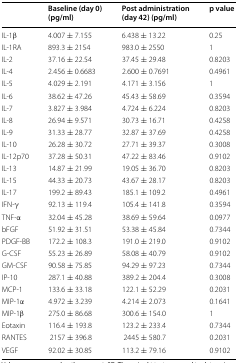
<table><thead><tr><td></td><td><b>Baseline (day 0) (pg/ml)</b></td><td><b>Post administration (day 42) (pg/ml)</b></td><td><b>p value</b></td></tr></thead><tbody><tr><td>IL-1β</td><td>4.007 ± 7.155</td><td>6.438 ± 13.22</td><td>0.25</td></tr><tr><td>IL-1RA</td><td>893.3 ± 2154</td><td>983.0 ± 2550</td><td>1</td></tr><tr><td>IL-2</td><td>37.16 ± 22.54</td><td>37.45 ± 29.48</td><td>0.8203</td></tr><tr><td>IL-4</td><td>2.456 ± 0.6683</td><td>2.600 ± 0.7691</td><td>0.4961</td></tr><tr><td>IL-5</td><td>4.029 ± 2.191</td><td>4.171 ± 3.156</td><td>1</td></tr><tr><td>IL-6</td><td>38.62 ± 47.26</td><td>45.43 ± 58.69</td><td>0.3594</td></tr><tr><td>IL-7</td><td>3.827 ± 3.984</td><td>4.724 ± 6.224</td><td>0.8203</td></tr><tr><td>IL-8</td><td>26.94 ± 9.571</td><td>30.73 ± 16.71</td><td>0.4258</td></tr><tr><td>IL-9</td><td>31.33 ± 28.77</td><td>32.87 ± 37.69</td><td>0.4258</td></tr><tr><td>IL-10</td><td>26.28 ± 30.72</td><td>27.71 ± 39.37</td><td>0.3008</td></tr><tr><td>IL-12p70</td><td>37.28 ± 50.31</td><td>47.22 ± 83.46</td><td>0.9102</td></tr><tr><td>IL-13</td><td>14.87 ± 21.99</td><td>19.05 ± 36.70</td><td>0.8203</td></tr><tr><td>IL-15</td><td>44.33 ± 20.73</td><td>43.67 ± 28.17</td><td>0.8203</td></tr><tr><td>IL-17</td><td>199.2 ± 89.43</td><td>185.1 ± 109.2</td><td>0.4961</td></tr><tr><td>IFN-γ</td><td>92.13 ± 119.4</td><td>105.4 ± 141.8</td><td>0.3594</td></tr><tr><td>TNF-α</td><td>32.04 ± 45.28</td><td>38.69 ± 59.64</td><td>0.0977</td></tr><tr><td>bFGF</td><td>51.92 ± 31.51</td><td>53.38 ± 45.84</td><td>0.7344</td></tr><tr><td>PDGF-BB</td><td>172.2 ± 108.3</td><td>191.0 ± 219.0</td><td>0.9102</td></tr><tr><td>G-CSF</td><td>55.23 ± 26.89</td><td>58.08 ± 40.79</td><td>0.9102</td></tr><tr><td>GM-CSF</td><td>90.58 ± 75.85</td><td>94.29 ± 97.23</td><td>0.7344</td></tr><tr><td>IP-10</td><td>287.1 ± 40.88</td><td>389.2 ± 204.4</td><td>0.3008</td></tr><tr><td>MCP-1</td><td>133.6 ± 33.18</td><td>122.1 ± 52.29</td><td>0.2031</td></tr><tr><td>MIP-1α</td><td>4.972 ± 3.239</td><td>4.214 ± 2.073</td><td>0.1641</td></tr><tr><td>MIP-1β</td><td>275.0 ± 86.68</td><td>300.6 ± 154.0</td><td>1</td></tr><tr><td>Eotaxin</td><td>116.4 ± 193.8</td><td>123.2 ± 233.4</td><td>0.7344</td></tr><tr><td>RANTES</td><td>2157 ± 396.8</td><td>2445 ± 580.7</td><td>0.2031</td></tr><tr><td>VEGF</td><td>92.02 ± 30.85</td><td>113.2 ± 79.16</td><td>0.9102</td></tr></tbody></table>